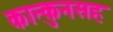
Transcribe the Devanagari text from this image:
कान्कुनसह